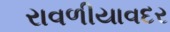
રાવળીયાવદર